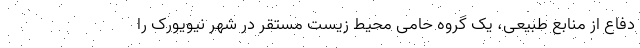
دفاع از منابع طبیعی، یک گروه حامی محیط زیست مستقر در شهر نیویورک را